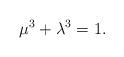
LaTeX: \begin{align*} & \mu^3 + \lambda^3 = 1. \end{align*}